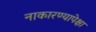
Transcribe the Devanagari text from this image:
नाकारण्यापेक्षा